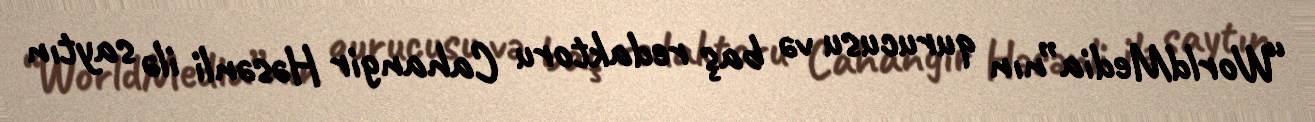
“WorldMedia”nın qurucusu və baş redaktoru Cahangir Həsənli ilə saytın